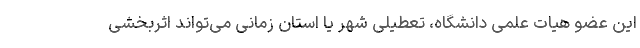
این عضو هیات علمی دانشگاه، تعطیلی شهر یا استان زمانی می‌تواند اثربخشی